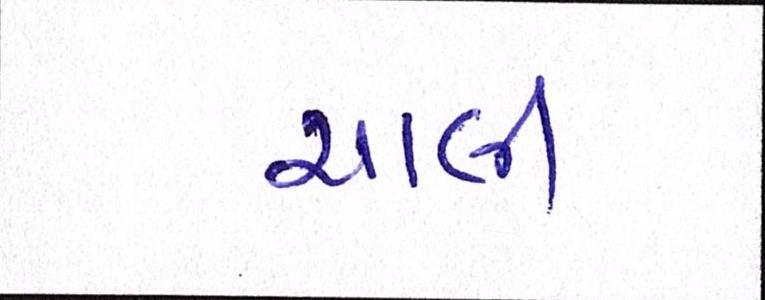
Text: ચાલી